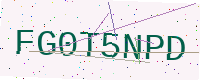
Text: FG0T5NPD